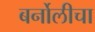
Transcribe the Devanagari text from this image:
बर्नोलीचा